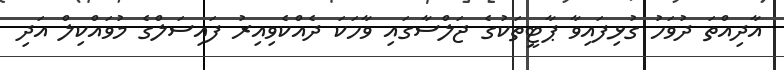
އާދިއްތަ ދުވަހު ގުޅިފައިވާ ޕާޓީތަކުގެ ޖަލްސާގައި ވާހަކަ ދެއްކެވިއިރު ފައިސަލްގެ މުވައްކިލް އަދި